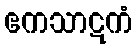
ဧကသာဋကံ